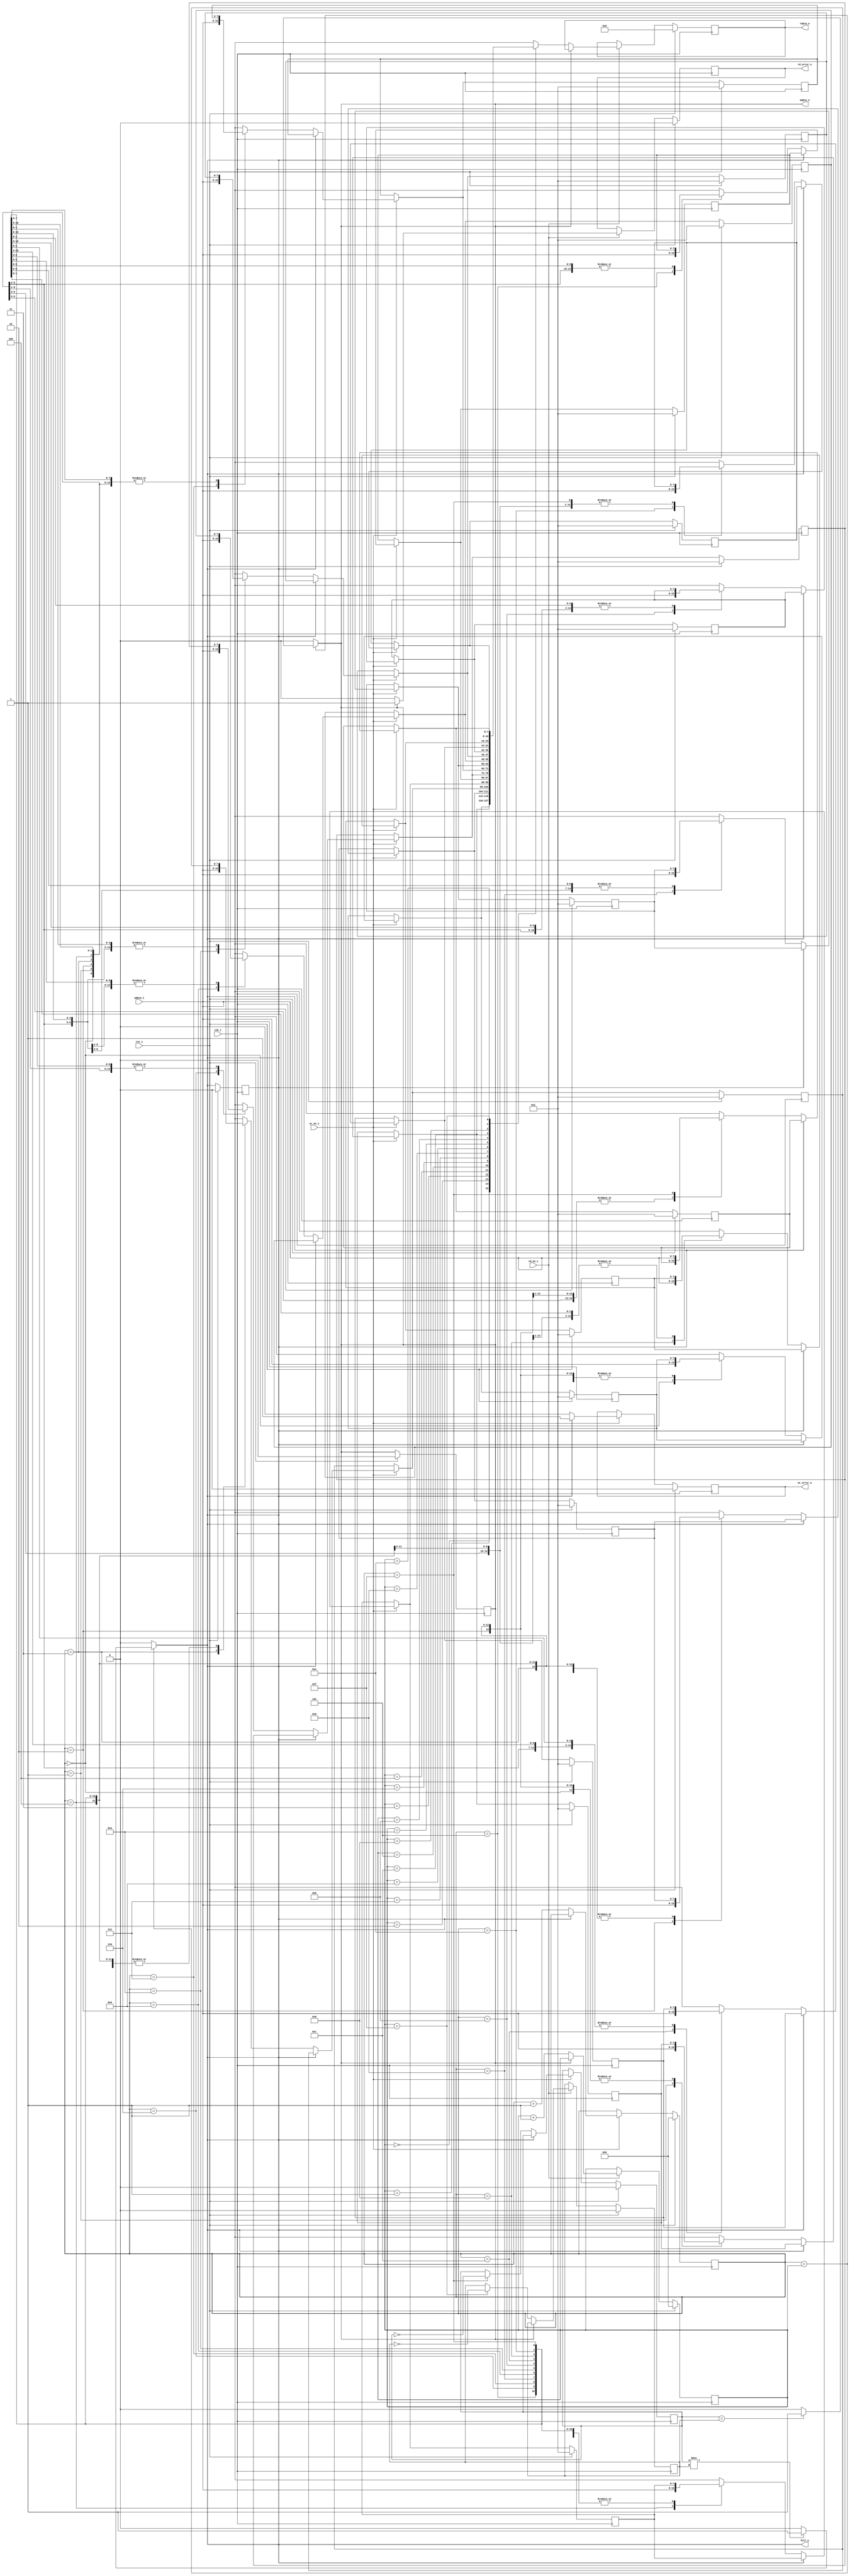
module fifo_s(clk_i,rst_i,wdata_i,full_o,wr_en_i,wr_error_o,rdata_o,empty_o,rd_en_i,rd_error_o);
parameter WIDTH=8,DEPTH=16,PTR_ADDR=4;
input clk_i,rst_i,wr_en_i,rd_en_i;
input [WIDTH-1:0]wdata_i;
output reg[WIDTH-1:0]rdata_o;
output reg full_o,empty_o,wr_error_o,rd_error_o;
reg[PTR_ADDR-1:0]wr_ptr,rd_ptr;
reg wr_toggle_f,rd_toggle_f;
integer i;
reg [WIDTH-1:0]mem[DEPTH-1:0];

always @(posedge clk_i) begin
if(rst_i == 1)begin
	rdata_o=0;
	full_o=0;
	empty_o=0;
	wr_error_o=0;
	rd_error_o=0;
	wr_ptr=0;
	rd_ptr=0;
	wr_toggle_f=0;
	rd_toggle_f=0;
	for(i=0; i<DEPTH; i=i+1) begin
		mem[i]=1;
	end
end
else begin
	if(wr_en_i == 1)begin
		if(full_o == 1)begin
			wr_error_o = 1;
		end
		else begin
			mem[wr_ptr] = wdata_i;
			wr_error_o = 0;
			if(wr_ptr == DEPTH-1) wr_toggle_f = ~wr_toggle_f;
			wr_ptr = wr_ptr+1;
		end	
	end	
	if(rd_en_i == 1)begin
		if(empty_o == 1)begin
			rd_error_o = 1;
		end
		else begin
			rdata_o = mem[rd_ptr];
			rd_error_o = 0;
			if(rd_ptr == DEPTH-1) rd_toggle_f = ~rd_toggle_f;
			rd_ptr = rd_ptr+1;
		end	
	end	
end
end

always@(*) begin
	empty_o=0;
	full_o=0;
	if(wr_ptr == rd_ptr) begin
		if(wr_toggle_f == rd_toggle_f) empty_o = 1;
		if(wr_toggle_f !== rd_toggle_f) full_o = 1;
	end
end
endmodule